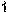
1